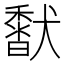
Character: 𩡍